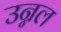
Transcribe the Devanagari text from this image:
उन्नल